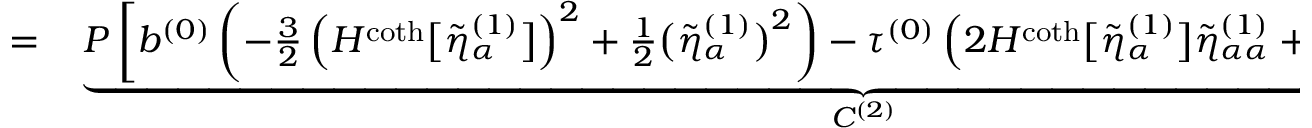
\begin{array} { r l } { = } & { { } \underbrace { P \left[ b ^ { ( 0 ) } \left( - \frac { 3 } { 2 } \left( H ^ { \coth } \big [ \tilde { \eta } _ { \alpha } ^ { ( 1 ) } \big ] \right) ^ { 2 } + \frac { 1 } { 2 } \big ( \tilde { \eta } _ { \alpha } ^ { ( 1 ) } \big ) ^ { 2 } \right) - \tau ^ { ( 0 ) } \left( 2 H ^ { \coth } \big [ \tilde { \eta } _ { \alpha } ^ { ( 1 ) } \big ] \tilde { \eta } _ { \alpha \alpha } ^ { ( 1 ) } + H ^ { \coth } \big [ \tilde { \eta } _ { \alpha \alpha } ^ { ( 1 ) } \big ] \tilde { \eta } _ { \alpha } ^ { ( 1 ) } \right) \right] } _ { C ^ { ( 2 ) } } . } \end{array}